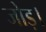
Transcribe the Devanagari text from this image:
जोड़।